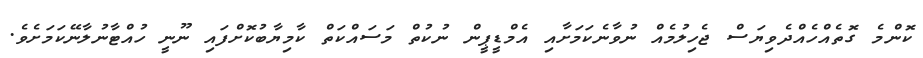
ކޮންމެ ގޮތެއްހެއްދެވިޔަސް ޖެހިލުމެއް ނުވާނެކަމަށާއި އެމްޑީޕީން ނުކުތް މަސައްކަތް ކާމިޔާބުކޮށްފައި ނޫނީ ހުއްޓާނުލާނޭކަމަށެވެ.